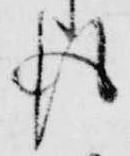
後